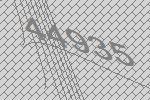
44935